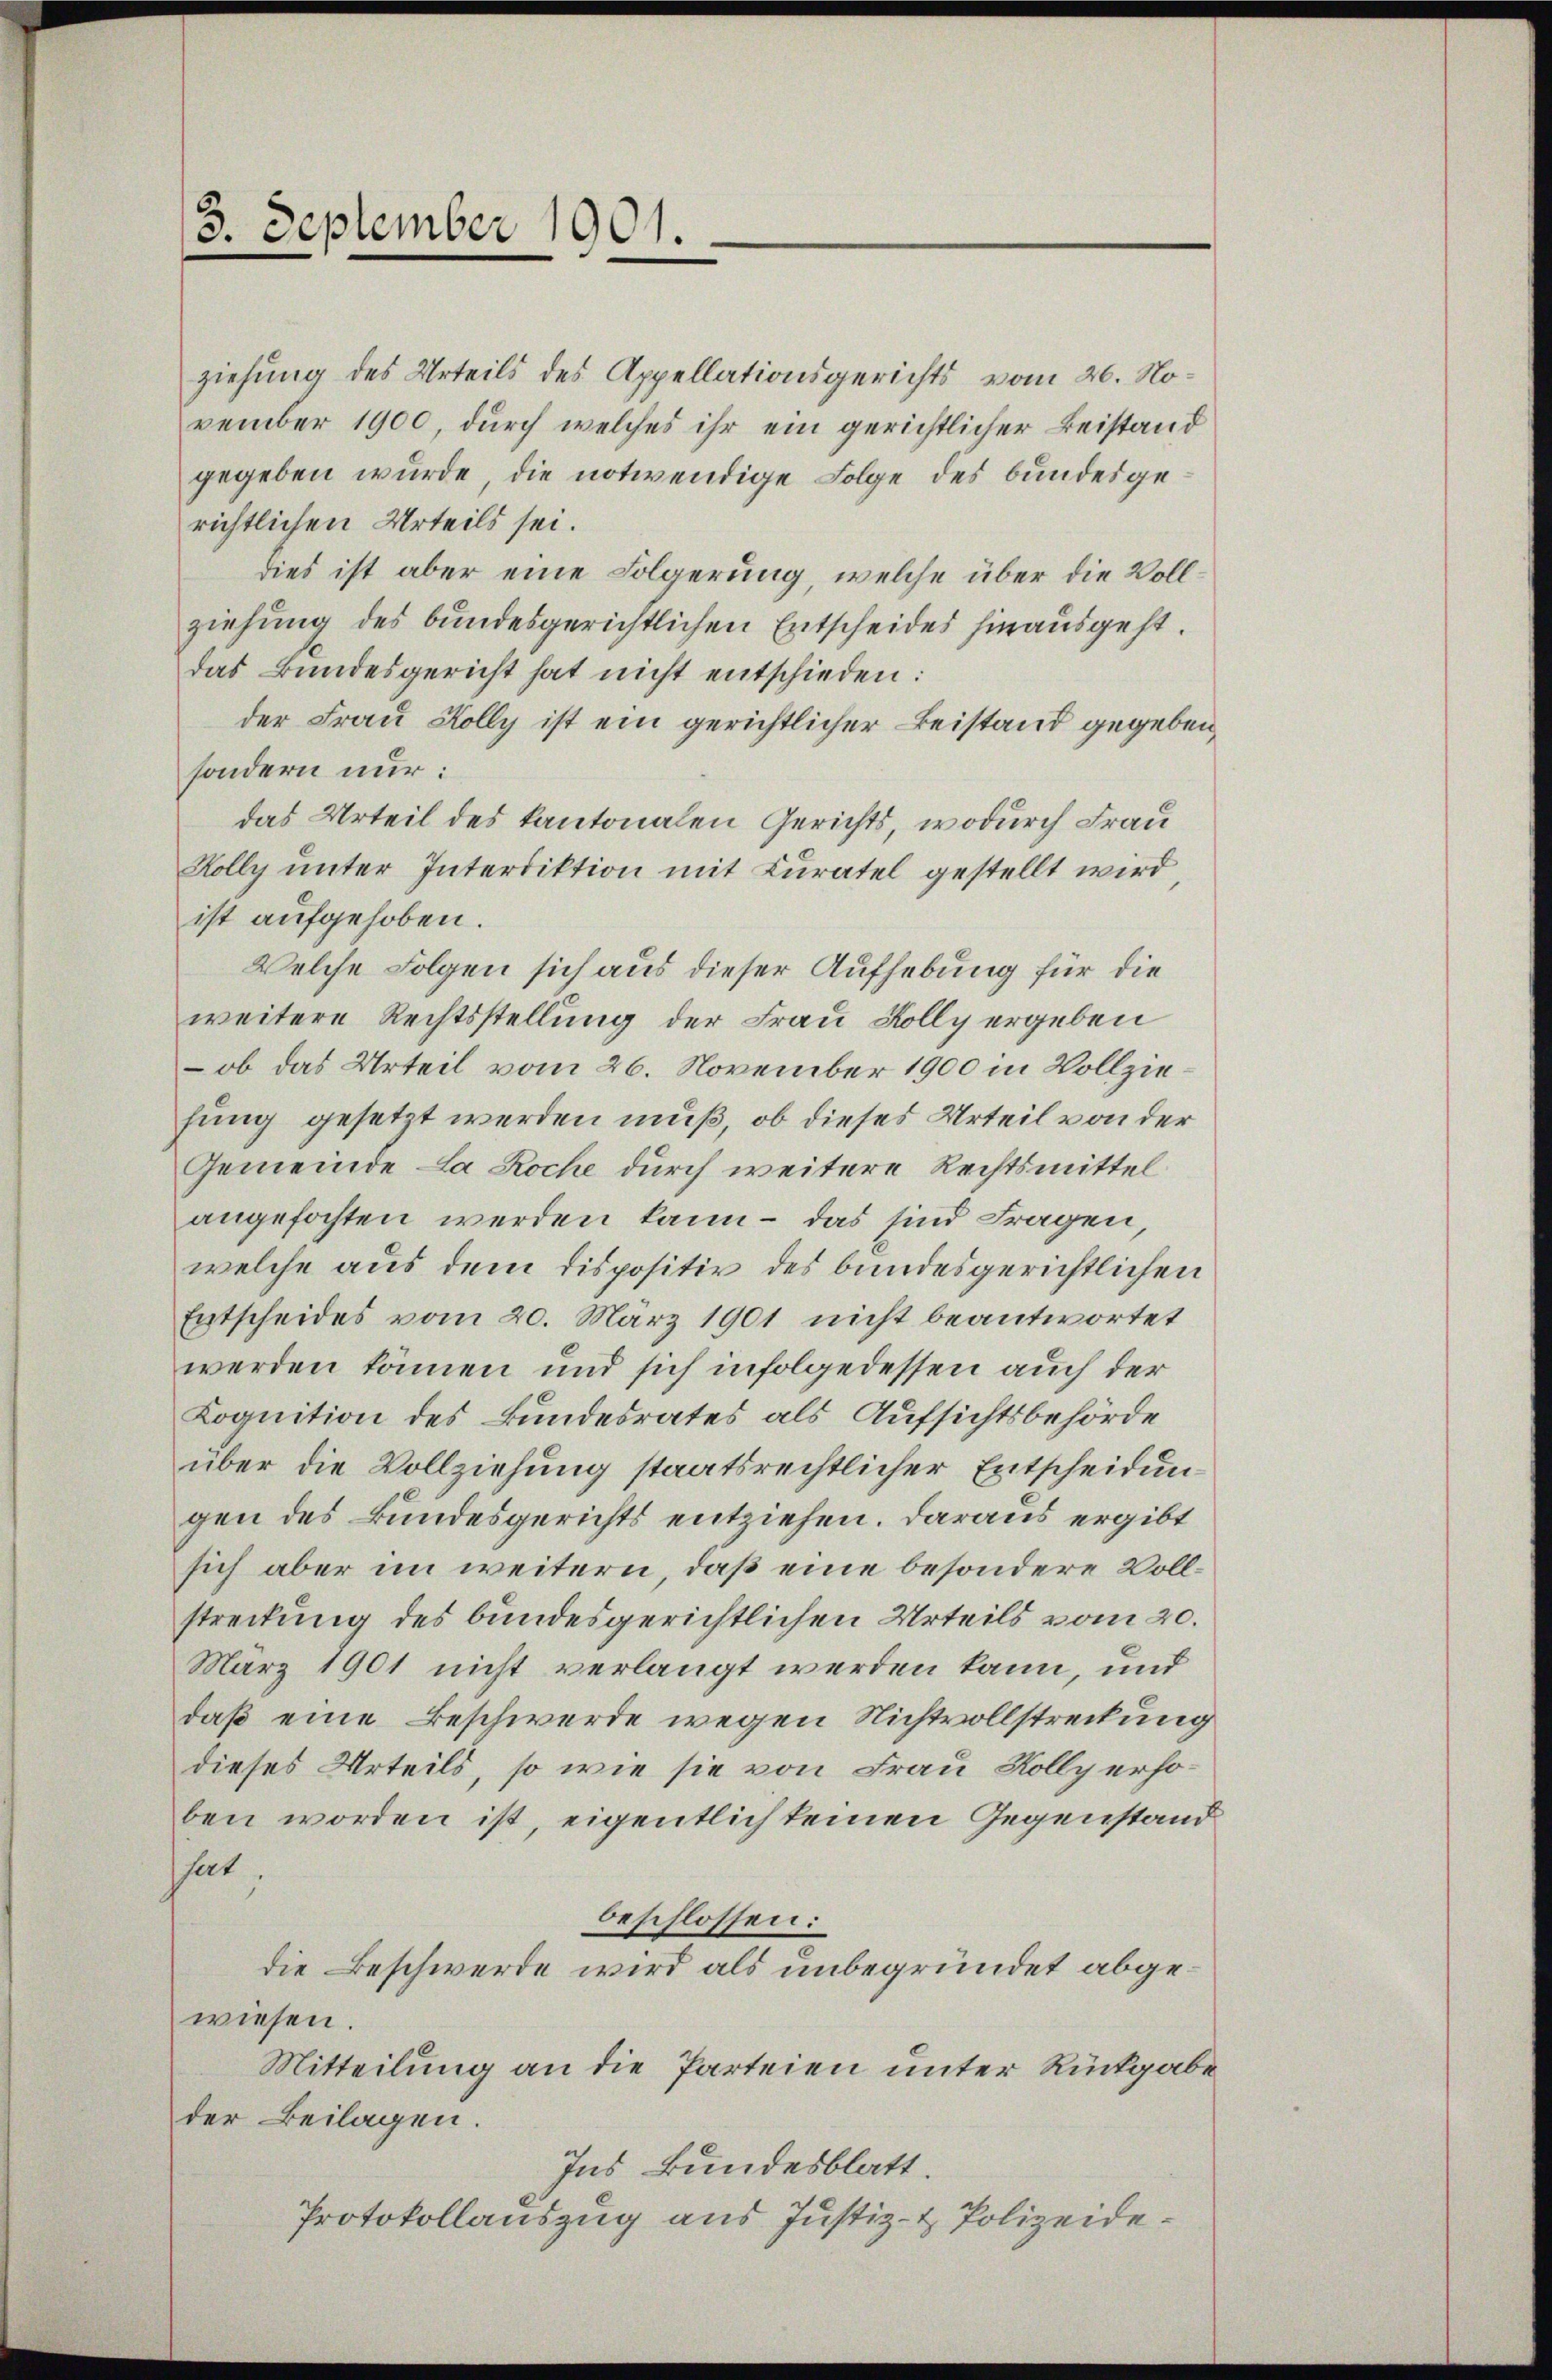
3. September 1901.

ziehung des Urteils des Appellationsgerichts vom 26. November 1900, durch welches ihr ein gerichtlicher Beistand
gegeben wurde, die notwendige Folge des bundesgerichtlichen Urteils sei.
dies ist aber eine Folgerung, welche über die Vollziehung des bundesgerichtlichen Entscheides hinausgeht.
das Bundesgericht hat nicht entschieden:
der Frau Holly ist ein gerichtlicher Beistand gegeben
sondern nur:
das Urteil des kantonalen Gerichts, wodurch Frau
Holly unter Interdiktion mit Curatel gestellt wird
ist aufgehoben.
Welche Folgen sich aus dieser Aufhebung für die
weitere Rechtsstellung der Frau Kolly ergeben
 ob das Urteil vom 26. November 1900 in Vollziefung gesetzt werden muß, ob dieses Urteil von der
Gemeinde La Roche durch weitere Rechtsmittel
angefochten werden kann – das sind Fragen,
welche aus dem dispositiv des bundesgerichtlichen
Entscheides vom 20. März 1901 nicht beantwortet
werden können und sich infolgedessen auch der
Kognition des Bundesrates als Aufsichtsbehörde
über die Vollziehung staatsrechtlicher Entscheidun
gen des Bundesgerichts entziehen. Daraus ergibt
sich aber im weitern, daß eine besondere Vollstreckung des bundesgerichtlichen Urteils vom 20.
März 1901 nicht verlangt werden kann, und
daß eine Beschwerde wegen Nichtvollstreckung
dieses Urteils, so wie sie von Frau Kolly erhoben worden ist, eigentlich keinen Gegenstand
hat.
beschlossen:
die Beschwerde wird als unbegründet abgewiesen.
Mitteilung an die Parteien unter Rückgabe
der Beilagen.
Ins Bundesblatt.
Protokollauszug aus Justiz- & Polizeide¬